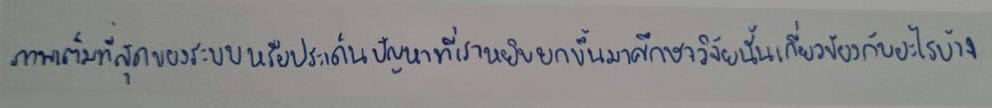
ภาพเต็มที่สุดของระบบหรือประเด็นปัญหาที่เราหยิบยกขึ้นมาศึกษาวิจัยนั้นเกี่ยวข้องกับอะไรบ้าง